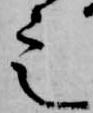
定